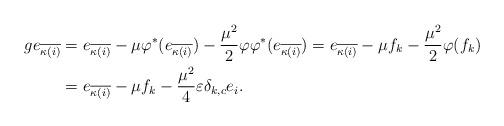
LaTeX: \begin{align*}ge_{\overline{\kappa(i)}} & =e_{\overline{\kappa(i)}}-\mu \varphi^*(e_{\overline{\kappa(i)}})-\frac{\mu^2}{2} \varphi\varphi^*(e_{\overline{\kappa(i)}})=e_{\overline{\kappa(i)}}-\mu f_k-\frac{\mu^2}{2} \varphi(f_k) \\& =e_{\overline{\kappa(i)}}-\mu f_k-\frac{\mu^2}{4} \varepsilon\delta_{k,c}e_i.\end{align*}